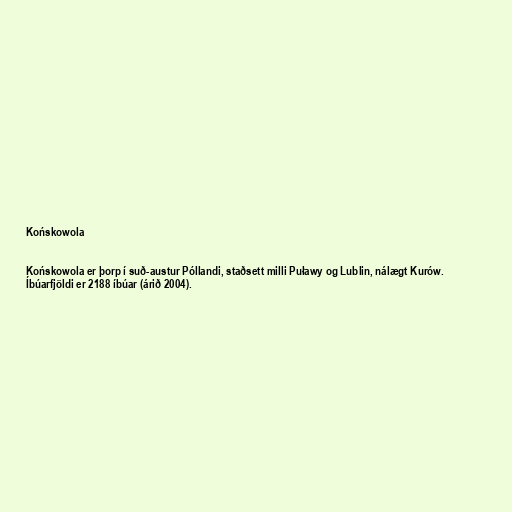
Końskowola

Końskowola er þorp í suð-austur Póllandi, staðsett milli Puławy og Lublin, nálægt Kurów.
Íbúarfjöldi er 2188 íbúar (árið 2004).